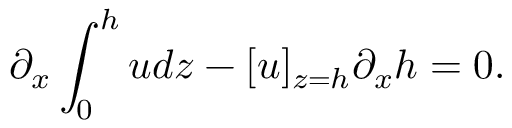
\partial _ { x } \int _ { 0 } ^ { h } u d z - [ u ] _ { z = h } \partial _ { x } h = 0 .